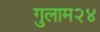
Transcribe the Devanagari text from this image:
गुलाम२४